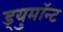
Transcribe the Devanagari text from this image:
ड्युमाॅन्ट